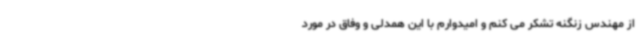
از مهندس زنگنه تشکر می کنم و امیدوارم با این همدلی و وفاق در مورد